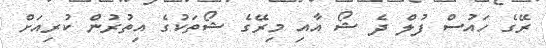
ރޭގެ ހައުސް ފުލް ދެ ޝޯ އާއި މިރޭގެ ޝޯތަކުގެ އިތުުރުން ކުރިއަށް